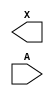
module sky130_fd_sc_lp__lsbuf (
    X,
    A
);

    output X;
    input  A;

    // Voltage supply signals
    supply1 DESTPWR;
    supply1 VPWR   ;
    supply0 VGND   ;
    supply1 DESTVPB;
    supply1 VPB    ;
    supply0 VNB    ;

endmodule